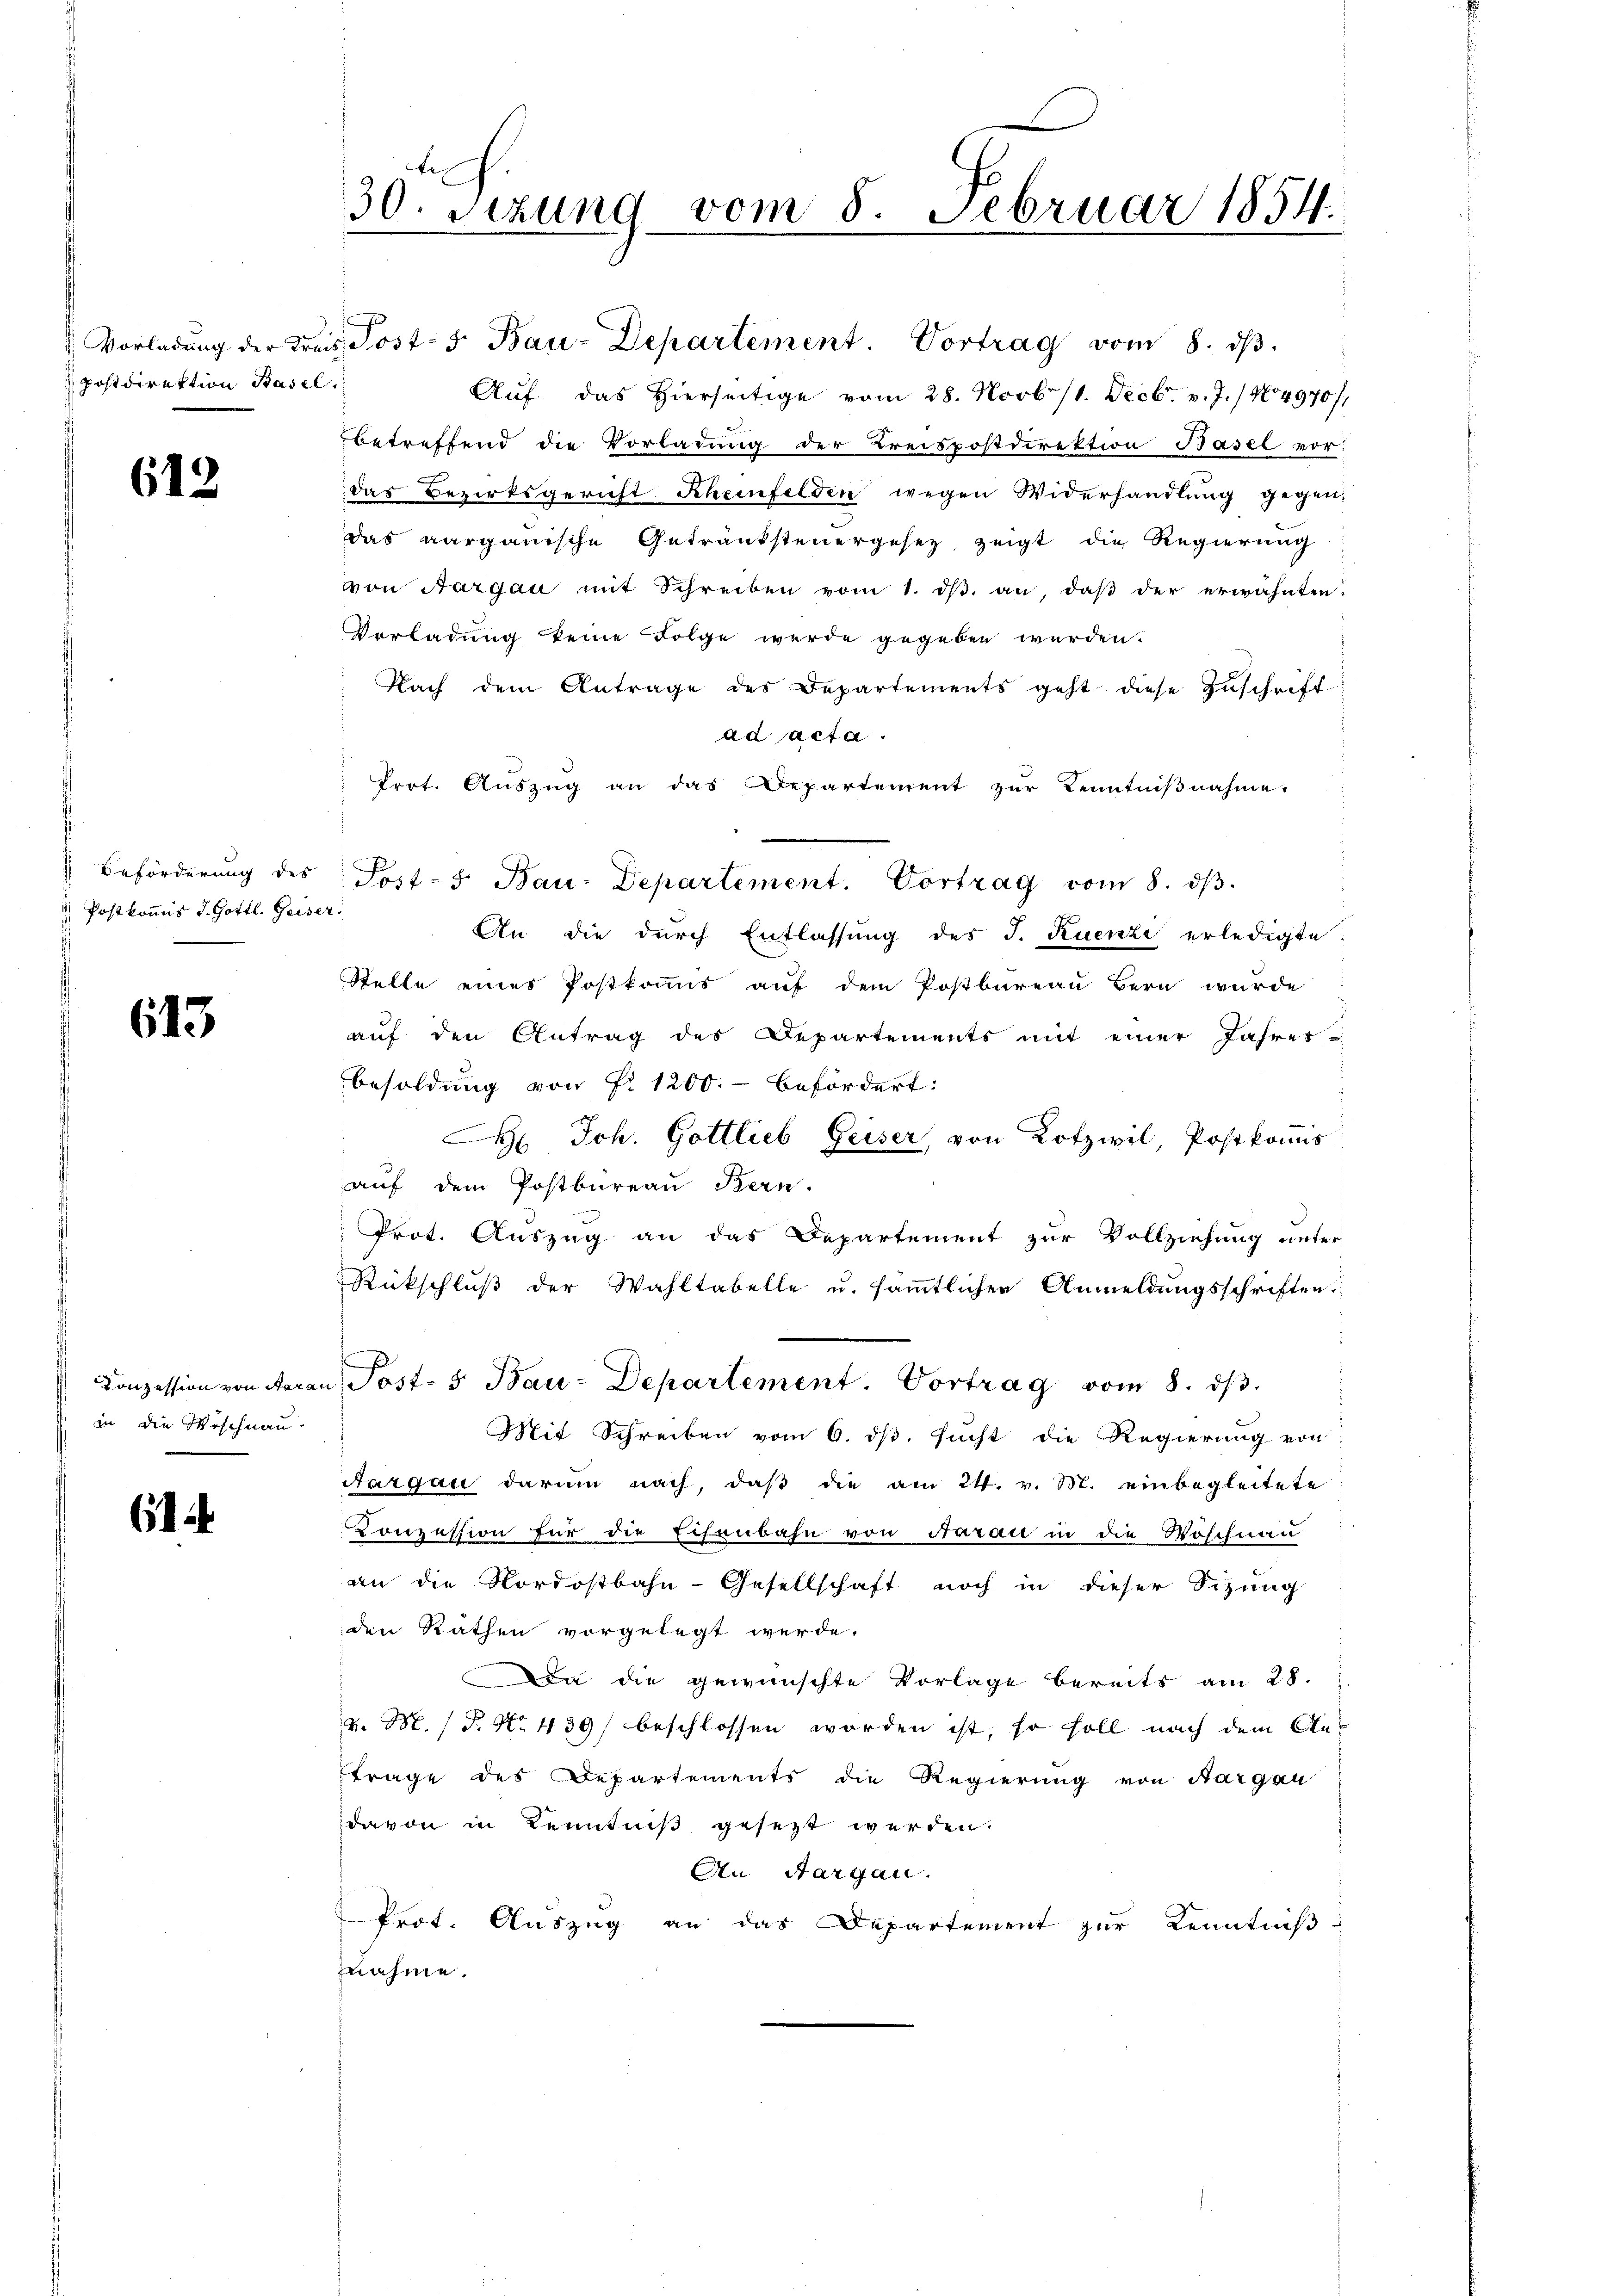
postdirektion Basel.

612

Postkomis d. Gottl. Geiser
d

613

Konzession von Aar¬
 in die Möschnau.

6

30. Sizung vom 8. Februar 1854.

Vorladung der Kreis Post- 5. Bau-Departement. Vortrag vom 8. ds.
Auf das Hierseitige vom 28. Novbr. 11. Decbr. v. J. / 44970/1
betreffend die Vorladung der Kreispostdirektion Basel vor:
das Bezirksgericht Scheinfelden wegen Widerhandlŭng gegen-
das aarganische Getrautsteuergesetz, zeigt die Regierung
von Aargau mit Schreiben vom 1. dβ. an, daβ der erwähnten
Verladung keine Folge werde gegeben werden.
Nach dem Antrage des Departements geht diese Zŭschrift
ad acta.
Prot. Auszug an das Departement zur Kenntnißnahme
An die durch Entlassung des J. Ruenzi erledigte:
Stelle eines Postkommis auf dem Postbureau Bern wurde
aŭf den Antrag des Departements mit einer Jahrer
Besoldung von Nr. 1200.- befördert:
 Joh. Gottlieb Geiser, von Rotzwil, Postkomis
aŭf dem Postbüreaŭ Bern.
Prot. Auszug an das Departement zur Vollziehung unter
Rückschlŭβ der Wahltabelle u. sämtlicher Anmeldungsschriften,
an Post- 5. Bau-Departement. Vortrag vom 8. ds.
Mit Schreiben vom 6. ds. sucht die Regierung von
Aargau darum nach, daβ die am 24. v. M. einbegleitete
Konzession für die Eisenbahn von Aarau in die Wöschnan
an die Nordostbahn-Gesellschaft noch in dieser Sizung
den Räthen vorgelegt werde.
i die gewünschte Vorlage bereits am 28.
v. M. (T. No. 439) beschlossen worden ist, so soll nach dem Antrage des Departements die Regierung von Aargau
davon in Kenntniß gesezt werden.
An Aargau.
Prof. Auszug an das Departement zur Kenntniß
fnahme.

Beförderung des Post- 5. Bau-Departement. Vortrag vom 8. dβ.